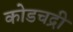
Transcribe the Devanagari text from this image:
कोडचद्री